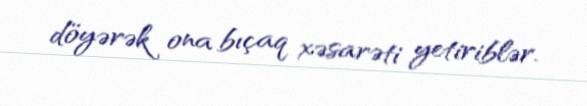
döyərək ona bıçaq xəsarəti yetiriblər.